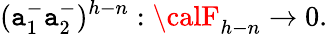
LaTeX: (\mathtt{a}_{1}^{-}\mathtt{a}_{2}^{-})^{h-n}:{\calF}_{h-n}\rightarrow0.